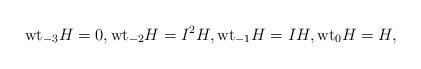
LaTeX: \begin{align*}\mathrm{wt}_{-3}H=0,\mathrm{wt}_{-2} H = I^2 H , \mathrm{wt}_{-1} H = I H ,\mathrm{wt}_0 H = H,\end{align*}